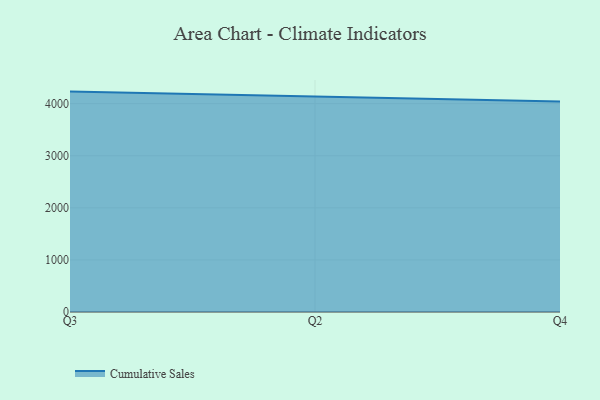
{"axis": {"x": "Quarter", "y": "Churn Rate (%)"}, "legend": ["Cumulative Sales"], "data": [{"x": "Q3", "y": 4231.6, "type": "Cumulative Sales"}, {"x": "Q2", "y": 4131.6, "type": "Cumulative Sales"}, {"x": "Q4", "y": 4043.8, "type": "Cumulative Sales"}]}